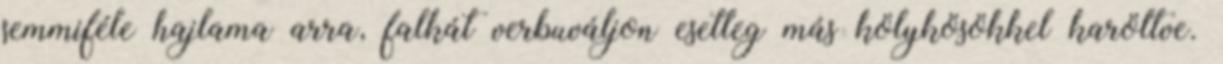
semmiféle hajlama arra, falkát verbuváljon esetleg más kölykösökkel karöltve.